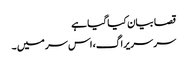
قصا بیان کیا گیا ہے
سر سریراگ، اس سر میں ۔